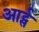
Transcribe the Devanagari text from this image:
आर्ट्स